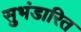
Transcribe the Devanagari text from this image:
सुभंडारित